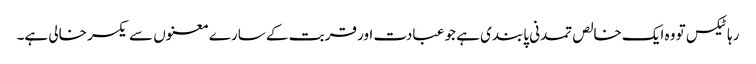
رہا ٹیکس تو وہ ایک خالص تمدنی پابندی ہے جو عبادت اور قربت کے سارے معنوں سے یکسر خالی ہے۔